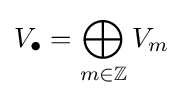
V_{\bullet }=\bigoplus _{m\in \mathbb {Z} }V_{m}